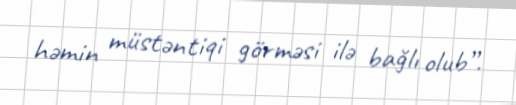
həmin müstəntiqi görməsi ilə bağlı olub”.